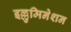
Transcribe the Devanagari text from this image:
इल्लुमिनेशन